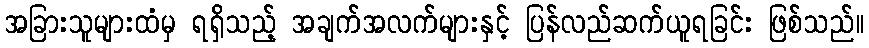
အခြားသူများထံမှ ရရှိသည့် အချက်အလက်များနှင့် ပြန်လည်ဆက်ယူရခြင်း ဖြစ်သည်။